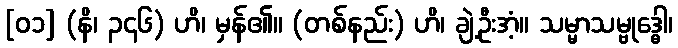
[၀၁] (နိ၊ ၃၄၆) ဟိ၊ မှန်၏။ (တစ်နည်း) ဟိ၊ ချဲ့ဦးအံ့။ သမ္မာသမ္ဗုဒ္ဓေါ၊